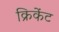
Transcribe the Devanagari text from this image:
क्रिकेंट